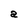
Character: a